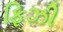
ફિઝી